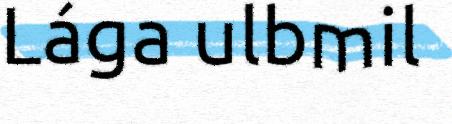
Lága ulbmil